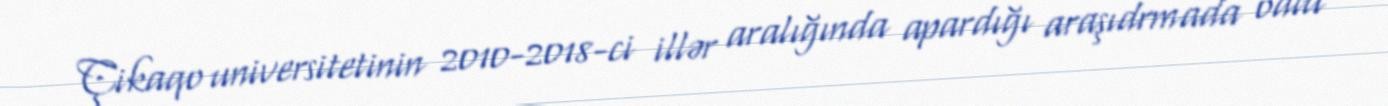
Çikaqo universitetinin 2010-2018-ci illər aralığında apardığı araşıdrmada odlu